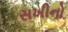
સખીનો